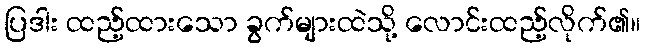
ပြဒါး ထည့်ထားသော ခွက်များထဲသို့ လောင်းထည့်လိုက်၏။